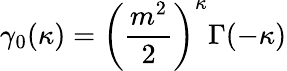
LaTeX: \gamma_{0}(\kappa)=\left(\frac{m^{2}}{2}\right)^{\kappa}\Gamma(-\kappa)